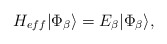
\begin{align*}{H_{eff}} |\Phi_{\beta}\rangle = E_{\beta} | \Phi_{\beta}\rangle, \end{align*}